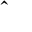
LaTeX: \mathbf { \hat { \Pi } }